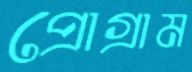
প্রোগ্রাম